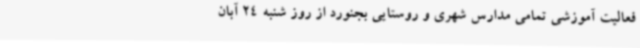
فعالیت آموزشی تمامی مدارس شهری و روستایی بجنورد از روز شنبه 24 آبان